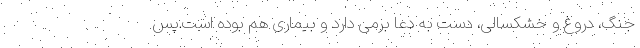
جنگ، دروغ و خشکسالی، دست به دعا برمی دارد و بیماری هم بوده است.پس